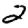
Digit: 2